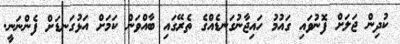
ކުދިން ޖަލަށް ފޮނުވައި ގައުމު ހައިޖާނުގަނޑެއްގެ ތެރޭގައި ބާއްވަން ކަމަށް އަޅުގަނޑަށް ފެންނަނީ.